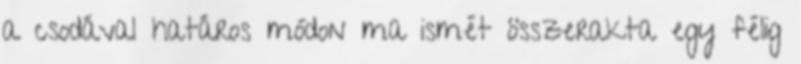
a csodával határos módon ma ismét összerakta egy félig